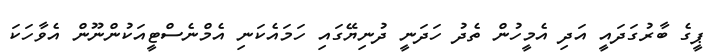
ޕީގެ ބާރުގަދައީ އަދި އެމީހުން ތެދު ހަދަނީ ދުނިޔޭގައި ހަމައެކަނި އެމްނެސްޓީއަކުންނޫން އެވާހަކަ